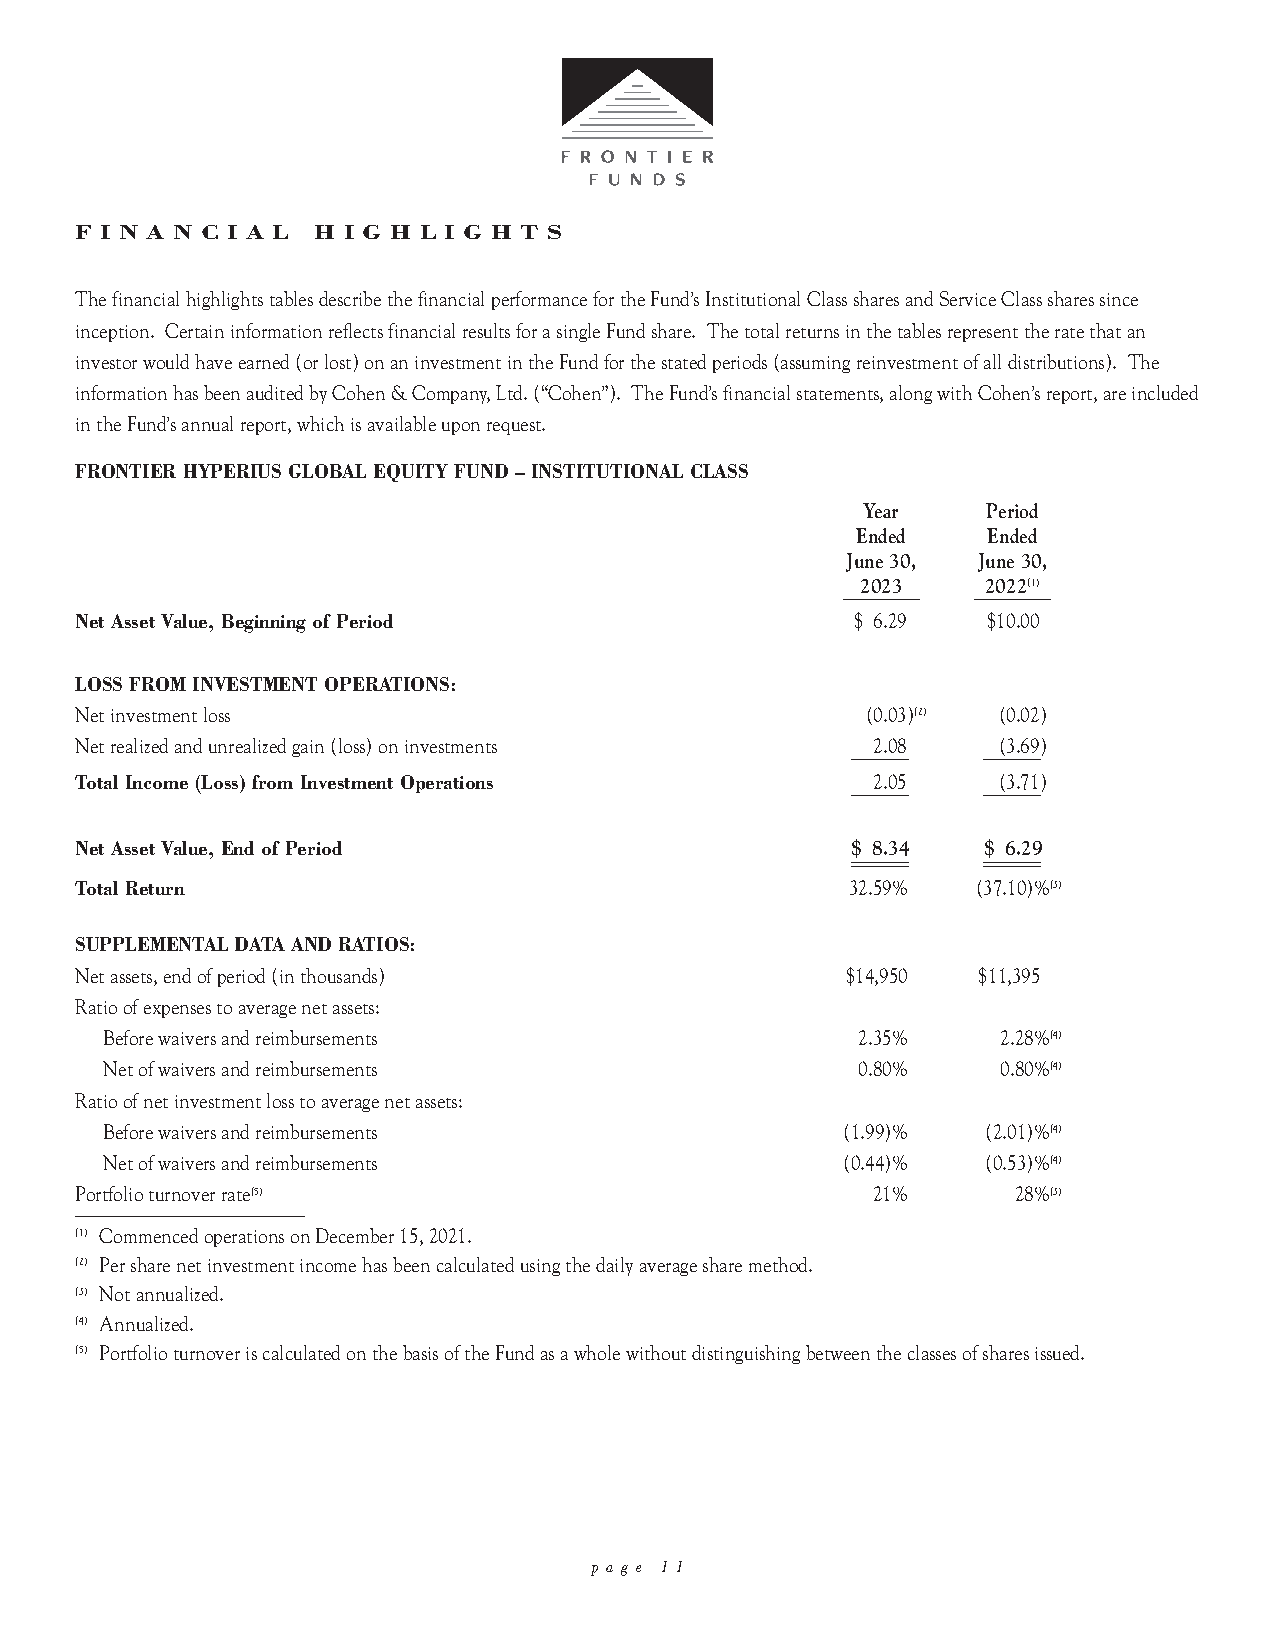
F I N A N C I A L H I G H L I G H T S
 The financial highlights tables describe the financial performance for the Fund’s Institutional Class shares and Service Class shares since
 inception. Certain information reflects financial results for a single Fund share. The total returns in the tables represent the rate that an
 investor would have earned (or lost) on an investment in the Fund for the stated periods (assuming reinvestment of all distributions). The
 information has been audited by Cohen & Company, Ltd. (“Cohen”). The Fund’s financial statements, along with Cohen’s report, are included
 in the Fund’s annual report, which is available upon request.
 FRONTIER HYPERIUS GLOBAL EQUITY FUND – INSTITUTIONAL CLASS
 Year    Period
 Ended   Ended
 June 30, June 30,
 __2_0__2_3__ __2_0_2_2_(1_)_
 Net Asset Value, Beginning of Period                $ 6.29  $10.00
 LOSS FROM INVESTMENT OPERATIONS:
 Net investment loss                                 (0.03)(2) (0.02)
 Net realized and unrealized gain (loss) on investments ___2_.0_8_ __(_3_.6_9_)
 Total Income (Loss) from Investment Operations     ___2_.0_5_ __(_3_.7_1_)
 Net Asset Value, End of Period                     $____ __8__.3__4__ __$__ __6__.2____9
 Total Return                                       32.59%   (37.10)%(3)
 SUPPLEMENTAL DATA AND RATIOS:
 Net assets, end of period (in thousands)           $14,950  $11,395
 Ratio of expenses to average net assets:
 Before waivers and reimbursements                 2.35%    2.28%(4)
 Net of waivers and reimbursements                 0.80%    0.80%(4)
 Ratio of net investment loss to average net assets:
 Before waivers and reimbursements                (1.99)%  (2.01)%(4)
 Net of waivers and reimbursements                (0.44)%  (0.53)%(4)
 Portfolio turnover rate(5)                           21%      28%(3)
 ________________________
 (1) Commenced operations on December 15, 2021.
 (2) Per share net investment income has been calculated using the daily average share method.
 (3) Not annualized.
 (4) Annualized.
 (5) Portfolio turnover is calculated on the basis of the Fund as a whole without distinguishing between the classes of shares issued.
 p a g e 1 1